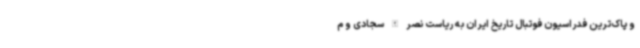
و پاک‌ترین فدراسیون فوتبال تاریخ ایران به ریاست نصرالله‌سجادی و م